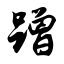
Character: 蹭